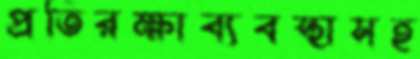
প্রতিরক্ষাব্যবস্থাসহ